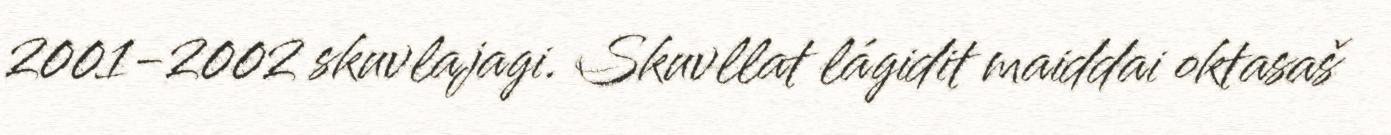
2001-2002 skuvlajagi. Skuvllat lágidit maiddai oktasaš